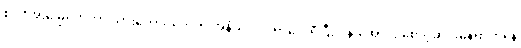
စပါးအုံးမြွေတွေဟာ သားကောင်တွေကို အနံ့ခံ လိုက်ရှာလေ့ရှိပြီး ပုန်းအောင်း စောင့်ဆိုင်းနေရာကနေ